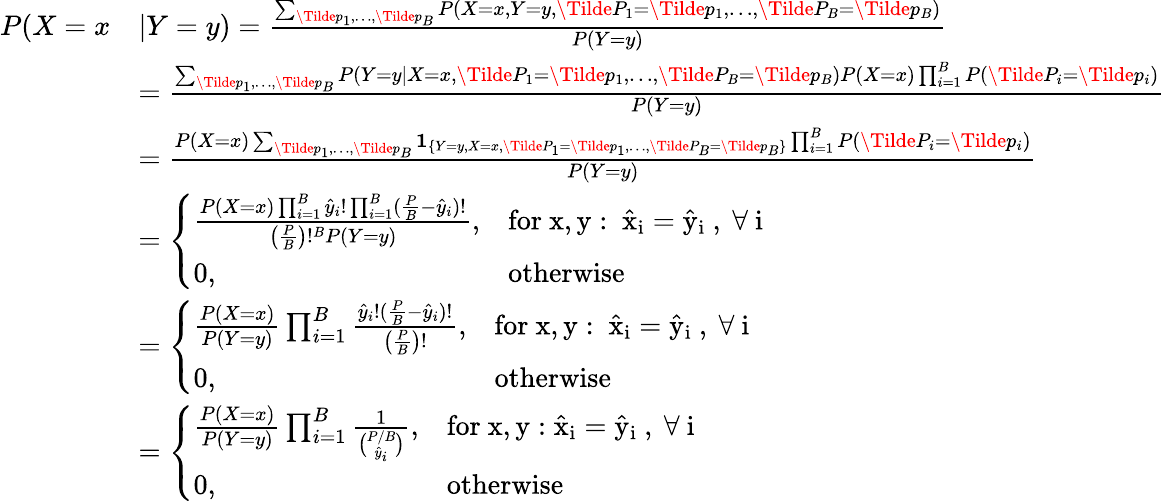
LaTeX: \begin{array}{rl}{P(X=x}&{|Y=y)=\frac{\sum_{\Tilde{p}_{1},\dots,\Tilde{p}_{B}}P(X=x,Y=y,\Tilde{P}_{1}=\Tilde{p}_{1},\dots,\Tilde{P}_{B}=\Tilde{p}_{B})}{P(Y=y)}}\\ &{=\frac{\sum_{\Tilde{p}_{1},\dots,\Tilde{p}_{B}}P(Y=y|X=x,\Tilde{P}_{1}=\Tilde{p}_{1},\dots,\Tilde{P}_{B}=\Tilde{p}_{B})P(X=x)\prod_{i=1}^{B}P(\Tilde{P}_{i}=\Tilde{p}_{i})}{P(Y=y)}}\\ &{=\frac{P(X=x)\sum_{\Tilde{p}_{1},\dots,\Tilde{p}_{B}}\mathbf{1}_{\{ Y=y,X=x,\Tilde{P}_{1}=\Tilde{p}_{1},\dots,\Tilde{P}_{B}=\Tilde{p}_{B}\} }\prod_{i=1}^{B}P(\Tilde{P}_{i}=\Tilde{p}_{i})}{P(Y=y)}}\\ &{=\left\{ \begin{array}{ll}{\frac{P(X=x)\prod_{i=1}^{B}\hat{y}_{i}!\prod_{i=1}^{B}(\frac{P}{B}-\hat{y}_{i})!}{\left(\frac{P}{B}\right)!^{B}P(Y=y)},}&{\mathrm{for~x,y:~\hat{x}_i=\hat{y}_i~,~\forall~i~}}\\ {0,}&{\mathrm{otherwise}}\end{array}\right.}\\ &{=\left\{ \begin{array}{ll}{\frac{P(X=x)}{P(Y=y)}\prod_{i=1}^{B}\frac{\hat{y}_{i}!(\frac{P}{B}-\hat{y}_{i})!}{\left(\frac{P}{B}\right)!},}&{\mathrm{for~x,y:~\hat{x}_i=\hat{y}_i~,~\forall~i~}}\\ {0,}&{\mathrm{otherwise}}\end{array}\right.}\\ &{=\left\{ \begin{array}{ll}{\frac{P(X=x)}{P(Y=y)}\prod_{i=1}^{B}\frac{1}{\binom{P/B}{\hat{y}_{i}}},}&{\mathrm{for~x,y:\hat{x}_i=\hat{y}_i~,~\forall~i~}}\\ {0,}&{\mathrm{otherwise}}\end{array}\right.}\end{array}